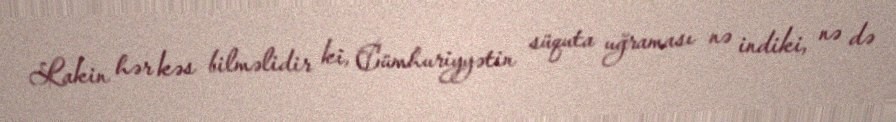
Lakin hər kəs bilməlidir ki, Cümhuriyyətin süquta uğraması nə indiki, nə də